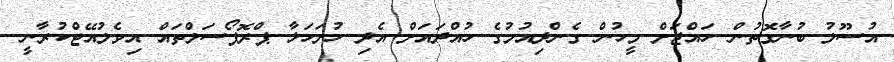
އުސޫލު ބުނާގޮތުން ހައްޖަށް މީހުން ގެންދިއުމުގެ ހުއްދައަށް އެދި ހުށަހަޅާ ޕްރޮޕޯސަލްތައް އިވެލުއޭޓްކުރާނީ